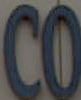
CO